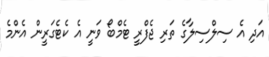
އަދި އެ ސިލްސިލާގެ ތަރި ޖެފްރީ ޓެމްބޯ ވަނީ އެ ކެޓެގަރީން އެންމެ